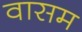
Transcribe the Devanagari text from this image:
वासम